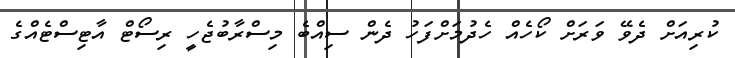
ކުރިއަށް ދެވޭ ވަރަށް ކޯހެއް ހެދުމަށްފަހު ދެން ސިއްބެ މިސްރާބުޖެހީ ރިސޯޓް އާޓިސްޓެއްގެ